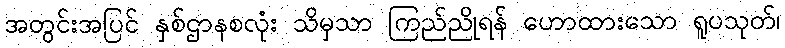
အတွင်းအပြင် နှစ်ဌာနစလုံး သိမှသာ ကြည်ညိုရန် ဟောထားသော ရူပသုတ်၊